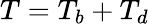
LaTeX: T=T_{b}+T_{d}